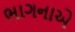
ભાગનાએ